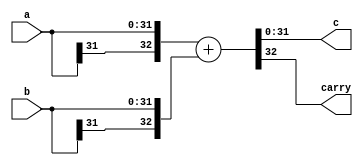
module ALU_adder (c, carry, a, b);

 input signed [31:0] a, b;
 output [31:0] c;
 output carry;
 
 wire [32:0] x, y, z;
 assign x = a;
 assign y = b;
 assign c = z;
 
 assign z = x + y;
 
 assign carry = z[32];
 
endmodule